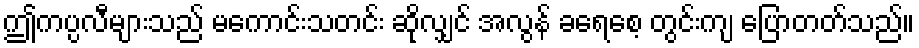
ဤကပ္ပလီများသည် မကောင်းသတင်း ဆိုလျှင် အလွန် ခရေစေ့ တွင်းကျ ပြောတတ်သည်။